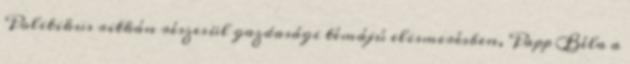
Politikus ritkán részesül gazdasági témájú elismerésben, Papp Béla a